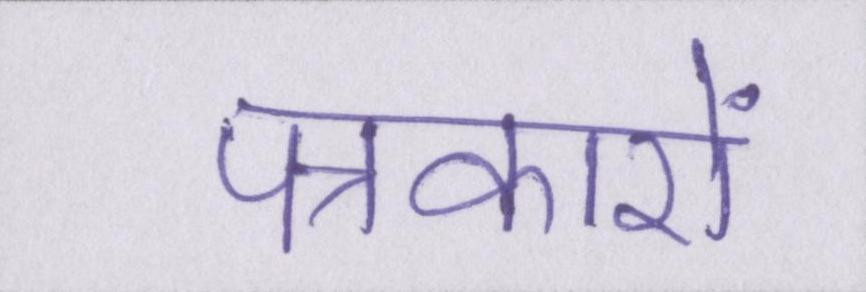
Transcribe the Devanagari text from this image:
पत्रकारों